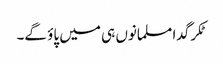
ٹکر گدا مسلمانوں ہی میں پاؤ گے۔